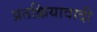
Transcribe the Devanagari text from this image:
प्रतक्रियावादी